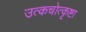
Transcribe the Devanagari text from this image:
उत्कचोत्कृष्टा